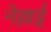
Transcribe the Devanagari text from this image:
नेल्लई